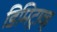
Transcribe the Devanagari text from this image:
डिमिट्राव्ह